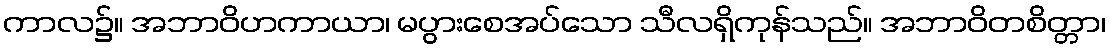
ကာလ၌။ အဘာဝိဟကာယာ၊ မပွားစေအပ်သော သီလရှိကုန်သည်။ အဘာဝိတစိတ္တာ၊